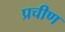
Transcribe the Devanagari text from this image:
प्रचीण